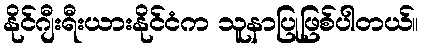
နိုင်ဂျီးရီးယားနိုင်ငံက သူနာပြုဖြစ်ပါတယ်။